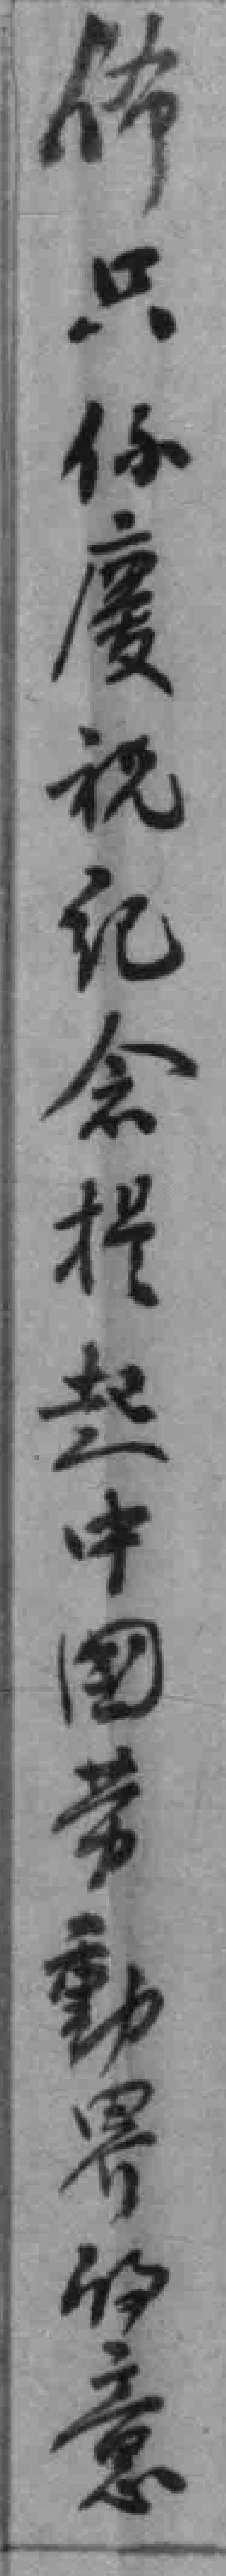
佈只係慶祝紀念提起中國劳動界的意